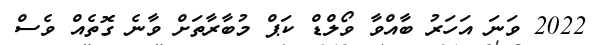
2022 ވަނަ އަހަރު ބާއްވާ ވޯލްޑް ކަޕް މުބާރާތަށް ވާނެ ގޮތެއް ވެސް